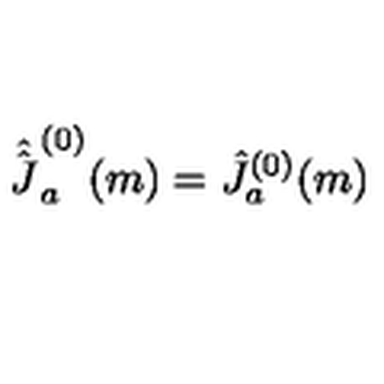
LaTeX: \hat { \hat { J ^ { } } } _ { a } ^ { ( 0 ) } ( m ) = \hat { J } _ { a } ^ { ( 0 ) } ( m )